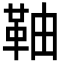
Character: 䩜